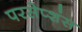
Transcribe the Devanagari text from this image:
परसेप्शंस